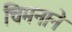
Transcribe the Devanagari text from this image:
चिमनाने